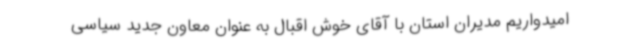
امیدواریم مدیران استان با آقای خوش اقبال به عنوان معاون جدید سیاسی